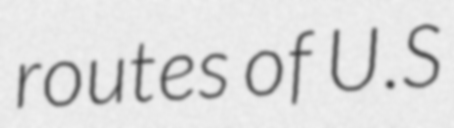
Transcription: routes of U.S